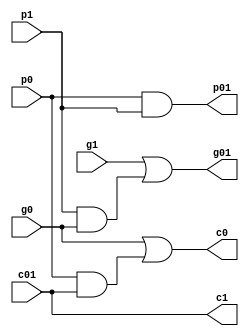
`timescale 1ns / 1ps

module CLA_B_type(g0, p0, c0, g1, p1, c1, g01, p01, c01);
input g0;
input p0;
output reg c0;
input g1;
input p1;
output reg c1;
output reg g01;
output reg p01;
input c01;


always @ (p0 or p1)
begin
	p01 = p0 & p1;
end

always @ (g0 or g1 or p1)
begin
	g01 = g1 | (p1 & g0);
end

always @ (g0 or p0 or c01)
begin
	c0 = g0 | (p0 & c01);
	c1 = c01;
end

endmodule